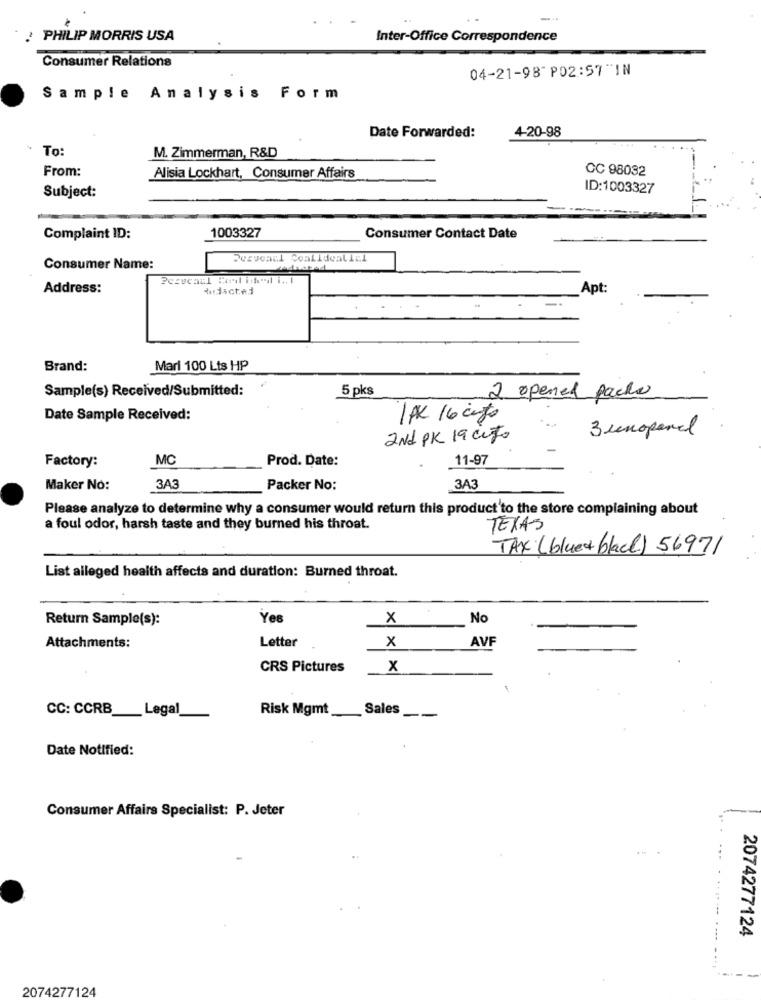
PHILIP MORRIS USA
Inter-Office Correspondence
Consumer Relations
04-21-98 P02:57"IN
Sample Analysis Form
4-20-98
Date Forwarded:
To:
M. Zimmerman, R&D
From:
CC 98032
Alisia Lockhart, Consumer Affairs
ID:1003327
Subject:
1003327
Complaint ID:
Consumer Contact Date
Perycaul Coalidealicl
Consumer Name:
Perucasl Cool ideal i .. .
Address:
«dacted
Apt:
Brand:
Mari 100 Lts HP
Sample(s) Received/Submitted:
5 pks
2 opened packs
Date Sample Received:
1PK 16 cups
3 unopened
2Nd PK 19 cito
Factory:
MC
Prod. Date:
11-97
Maker No:
3A3
Packer No:
3A3
Please analyze to determine why a consumer would return this product to the store complaining about
a foul odor, harsh taste and they burned his throat.
TEXAS
TAX (bluet black) 56971
List alleged health affects and duration: Burned throat.
Return Sample(s):
Yes
x
No
Letter
x
AVF
Attachments:
CRS Pictures
x
CC: CCRB __ Legal
Risk Mgmt
Sales
--
Date Notified:
Consumer Affairs Specialist: P. Jeter
2074277124
2074277124